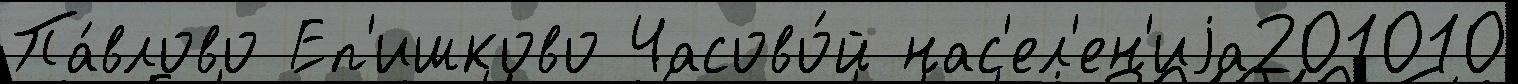
Па́влово Еп'ишково Часово́й нас'ел'ен'иjа201010